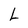
Character: L